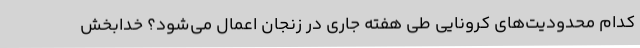
کدام محدودیت‌های کرونایی طی هفته جاری در زنجان اعمال می‌شود؟ خدابخش